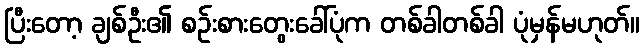
ပြီးတော့ ချစ်ဦး၏ စဉ်းစားတွေးခေါ်ပုံက တစ်ခါတစ်ခါ ပုံမှန်မဟုတ်။